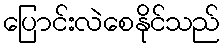
ပြောင်းလဲစေနိုင်သည်